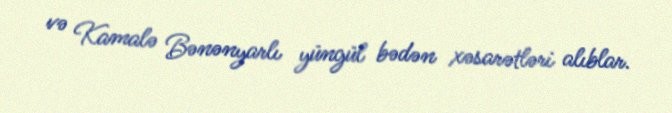
və Kamalə Bənənyarlı yüngül bədən xəsarətləri alıblar.